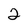
Character: 2